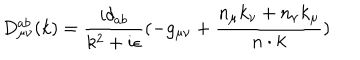
D _ { { \mu } { \nu } } ^ { a b } ( k ) = \frac { i { \delta } _ { a b } } { k ^ { 2 } + i { \epsilon } } ( - g _ { { \mu } { \nu } } + \frac { n _ { \mu } k _ { \nu } + n _ { \nu } k _ { \mu } } { n \cdot k } )